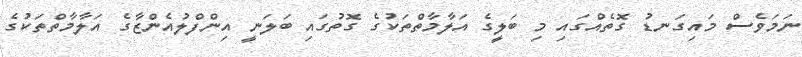
ނަމަވެސް މައިގަނޑު ގޮތެއްގައި މި ބަލީގެ އަލާމާތްތަކުގެ ގޮތުގައި ބަލަނީ އިންފްލުއެންޒާގެ އަލާމާތްތަކުގެ